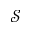
\mathcal { S }